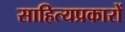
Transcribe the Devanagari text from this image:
साहित्यप्रकारों